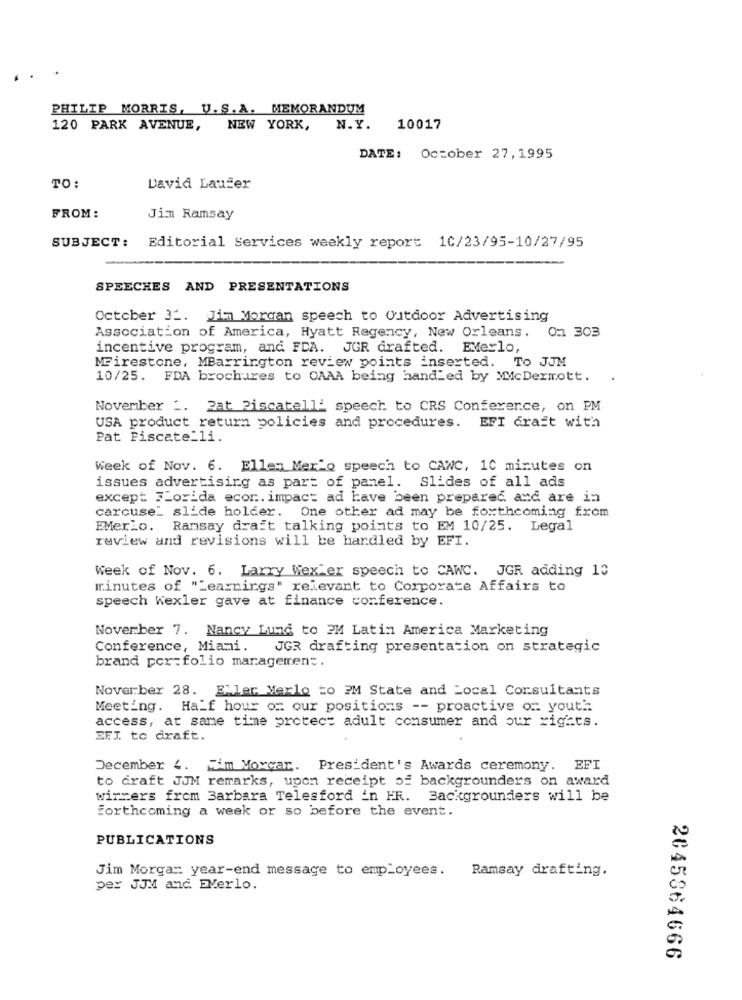
PHILIP MORRIS, U.S. A. MEMORANDUM
120 PARK AVENUE,
NEW YORK,
N.Y.
10017
DATE: October 27,1995
TO:
David Laufer
FROM:
Jim Ramsay
SUBJECT: Editorial Services weekly report 10/23/95-10/27/95
SPEECHES AND PRESENTATIONS
October 31. Jim Morgan speech to Outdoor Advertising
Association of America, Hyatt Regency, New Orleans.
On 303
incentive program, and FDA. JGR drafted. EMerlo,
MFirestone, MBarrington review points inserted. To JJM
10/25. FDA brochures to OAAA being handled by McDermott.
November 2. 2at Piscatell' speech to CRS Conference, on PM
USA product return policies and procedures. EFI craft with
Pat Fiscate_li.
Week of Nov. 6. Ellen Mer"o speech to CAWC, 10 minutes on
issues advertising as part of panel. Slides of all ads
except 3_orida ecor. impact ad have been prepared and are in
carcuse_ slide holder. One other ad may be forthcoming from
EMerio. Ramsay drait talking points to EM 10/25. Legal
review and revisions will be handled by EFI.
Week of Nov. 6. Larry Wexler speech to CAWC. JGR adding 10
minutes of "Learnings" relevant to Corporate Affairs to
speech Wexler gave at finance conference.
November 7. Nancy Lund to PM Latin America Marketing
Conference, Miami.
JGR drafting presentation on strategic
brand por folio managerren ;.
November 28. Eller Merlo to ?M State and Local Consultants
Meeting. Half hour of our positions -- proactive of youth
access, at same time protect adult consumer and our rigets.
EFI to draft.
December 4. I'm Vorcar. President's Awards ceremony. EFI
to craft JJM remarks, upon receipt of backgrounders on award
winners from Barbara Telesford in FR. Backgrounders will be
forthcoming a week or so before the event.
PUBLICATIONS
Jim Morgan year-end message to employees.
Ramsay drafting.
per JJM and. EMerlo.
2045364666